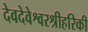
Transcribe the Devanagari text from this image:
देवदेवेश्वरश्रीहरिकी